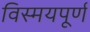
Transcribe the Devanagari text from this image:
विस्मयपूर्ण